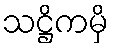
သဋ္ဌိကမှိ